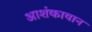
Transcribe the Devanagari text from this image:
आशंकावान